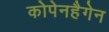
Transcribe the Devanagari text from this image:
कोपेनहैगेन